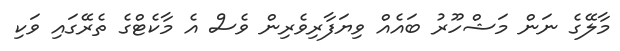
މާލޭގެ ނަން މަޝްހޫރު ބައެއް ވިޔަފާރިވެރިން ވެސް އެ މާކެޓްގެ ތެރޭގައި ވަކި